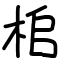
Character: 桘